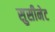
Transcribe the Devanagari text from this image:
सुसीनेट